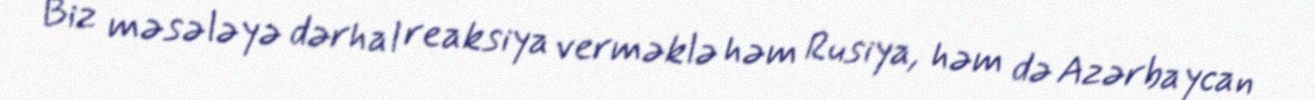
Biz məsələyə dərhal reaksiya verməklə həm Rusiya, həm də Azərbaycan